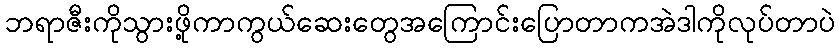
ဘရာဇီးကိုသွားဖို့ကာကွယ်ဆေးတွေအကြောင်းပြောတာကအဲဒါကိုလုပ်တာပဲ